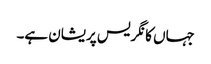
جہاں کانگریس پریشان ہے۔